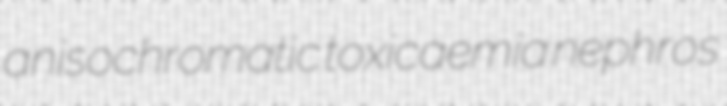
anisochromatic toxicaemia nephros